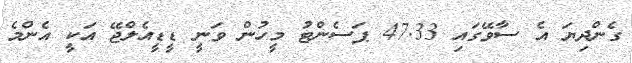
ގެންދިޔަ އެ ސާވޭގައި 47.33 ޕަސެންޓު މީހުން ވަނީ ޑީޑީއެލްޖޭ އަކީ އެންމެ